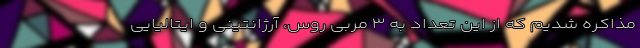
مذاکره شدیم که از این تعداد به ۳ مربی روس، آرژانتینی و ایتالیایی